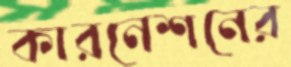
কারনেশনের